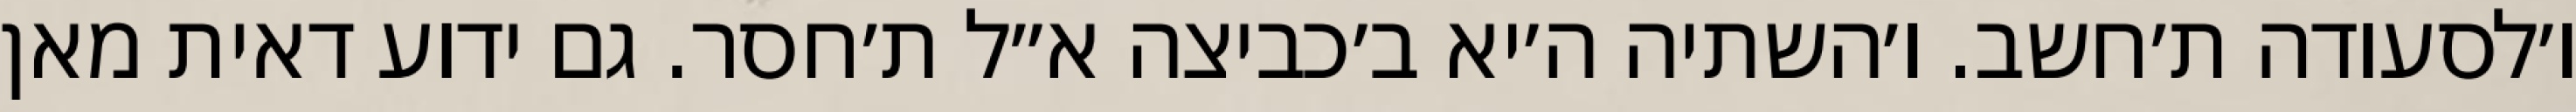
ו׳לסעודה ת׳חשב. ו׳השתיה ה׳יא ב׳כביצה א״ל ת׳חסר. גם ידוע דאית מאן